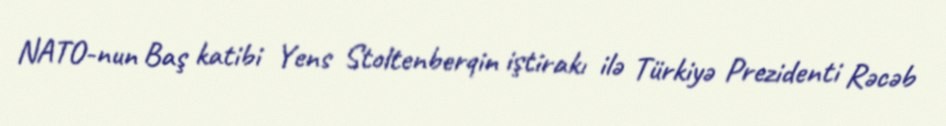
NATO-nun Baş katibi Yens Stoltenberqin iştirakı ilə Türkiyə Prezidenti Rəcəb